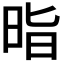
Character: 𭥲